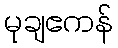
မုချဧကန်